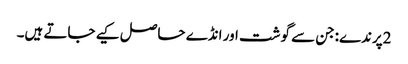
2پرندے:جن سے گوشت اور انڈے حاصل کیے جاتے ہیں۔